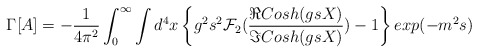
\begin{align*}\Gamma[A]=-\frac{1}{4\pi^{2}}\int_{0}^{\infty}\int d^{4}x \left \{g^{2}s^{2}{\cal F}_{2} (\frac{\Re Cosh(gsX)}{\Im Cosh(gsX)}) -1\right \}exp(-m^{2}s)\end{align*}